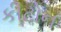
કીટોન